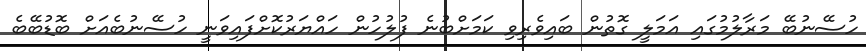
ހުސޭނުބޭ މަރާލުމުގައި އަމަލީ ގޮތުން ބައިވެރިވި ކަމަށްބުނެ ފުލުހުން ހައްޔަރުކޮށްފައިވަނީ ހުސޭނުބެއަށް ބޮޑުބޭބެ